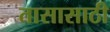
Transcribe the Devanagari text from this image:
तासासाठी